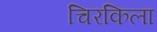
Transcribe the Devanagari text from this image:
चिरकिला